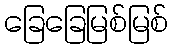
ခြေခြေမြစ်မြစ်